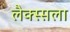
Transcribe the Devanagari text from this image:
लैक्स्सला